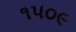
૧૫૦૯